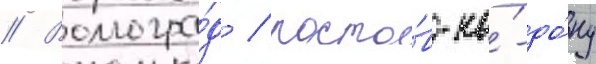
// Волгогра́д / росто́в-на́-до́ну